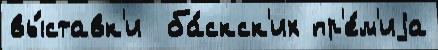
вы́ставк'и  ба́скск'их пр'е́м'иjа